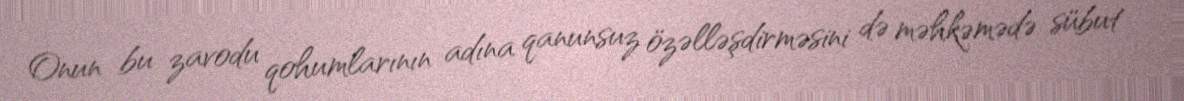
Onun bu zavodu qohumlarının adına qanunsuz özəlləşdirməsini də məhkəmədə sübut